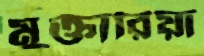
মুক্তারিয়া